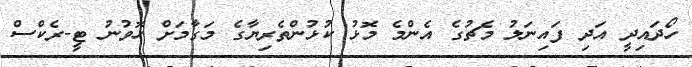
ހޯދައިދީ އަދި ފައިނަލު މެޗުގެ އެންމެ މޮޅު ކުޅުންތެރިޔާގެ މަގާމަށް ހޮވުނު ޓީ-ރެކްސް